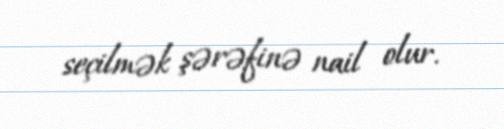
seçilmək şərəfinə nail olur.